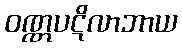
ဝဏ္ဏပဋိလာဘာယ